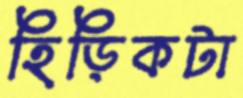
হিড়িকটা